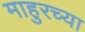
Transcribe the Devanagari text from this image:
माहुरच्या